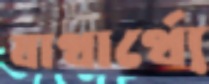
যাথার্থ্যে